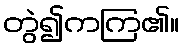
တွဲ၍ကကြ၏။